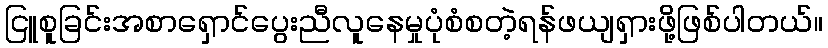
ငြူစူခြင်းအစာရှောင်ပွေးညီလူနေမှုပုံစံစတဲ့ရန်ဖယျရှားဖို့ဖြစ်ပါတယ်။